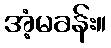
အံ့မခန်း။